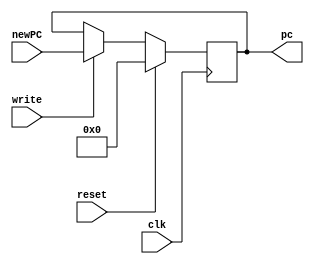
module PC#(parameter n = 64,parameter d=0)(input clk,reset,write,
	 input  [n-1:0] newPC,
	 output reg [n-1:0] pc);
	
	always @(posedge clk)
	#d begin 
		if(reset)
		begin
			pc = 0;
		end
		else if(write)
		begin
			pc <= newPC ;
		end
	end
endmodule